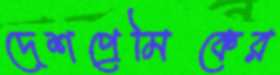
দেশপ্রেমিকের